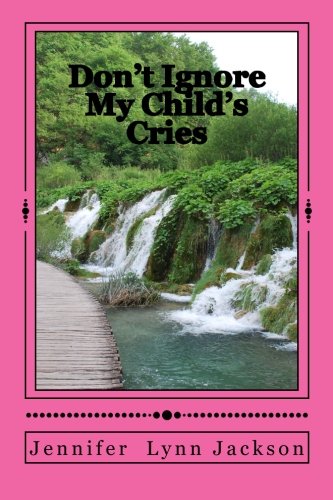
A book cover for Don't Ignore My Child's Cries; Jennifer Lynn Jackson; Teen & Young Adult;